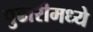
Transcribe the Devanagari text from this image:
पुढारीमध्ये